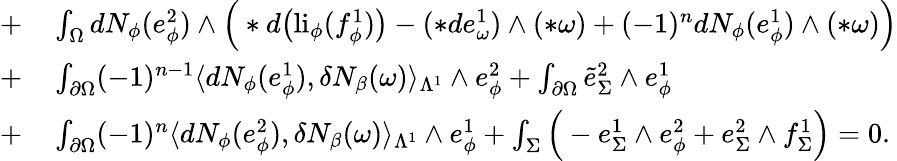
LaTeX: \begin{array}{rl}{+}&{{}\int_{\Omega}dN_{\phi}(e_{\phi}^{2})\wedge\Big(\ast d\big(\mathrm{li}_{\phi}(f_{\phi}^{1})\big)-(\ast de_{\omega}^{1})\wedge(\ast\omega)+(-1)^{n}dN_{\phi}(e_{\phi}^{1})\wedge(\ast\omega)\Big)}\\ {+}&{{}\int_{\partial\Omega}(-1)^{n-1}\langle dN_{\phi}(e_{\phi}^{1}),\delta N_{\beta}(\omega)\rangle_{\Lambda^{1}}\wedge e_{\phi}^{2}+\int_{\partial\Omega}\tilde{e}_{\Sigma}^{2}\wedge e_{\phi}^{1}}\\ {+}&{{}\int_{\partial\Omega}(-1)^{n}\langle dN_{\phi}(e_{\phi}^{2}),\delta N_{\beta}(\omega)\rangle_{\Lambda^{1}}\wedge e_{\phi}^{1}+\int_{\Sigma}\Big(-e_{\Sigma}^{1}\wedge e_{\phi}^{2}+e_{\Sigma}^{2}\wedge f_{\Sigma}^{1}\Big)=0.}\end{array}